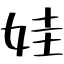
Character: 娃